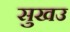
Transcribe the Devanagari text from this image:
सुखउ